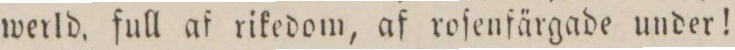
werld, full af rikedom, af roſenfärgade under!